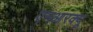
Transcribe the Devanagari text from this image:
एनआरक्यू